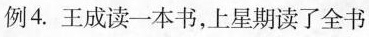
例4.王成读一本书，上星期读了全书